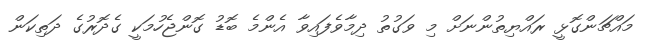
މައްޗަންގޮޅީ ރައްޔިތުންނަށް މި ވަގުތު ދިމާވެފައިވާ އެންމެ ބޮޑު ގޮންޖެހުމަކީ ގެދޮރުގެ ދަތިކަން